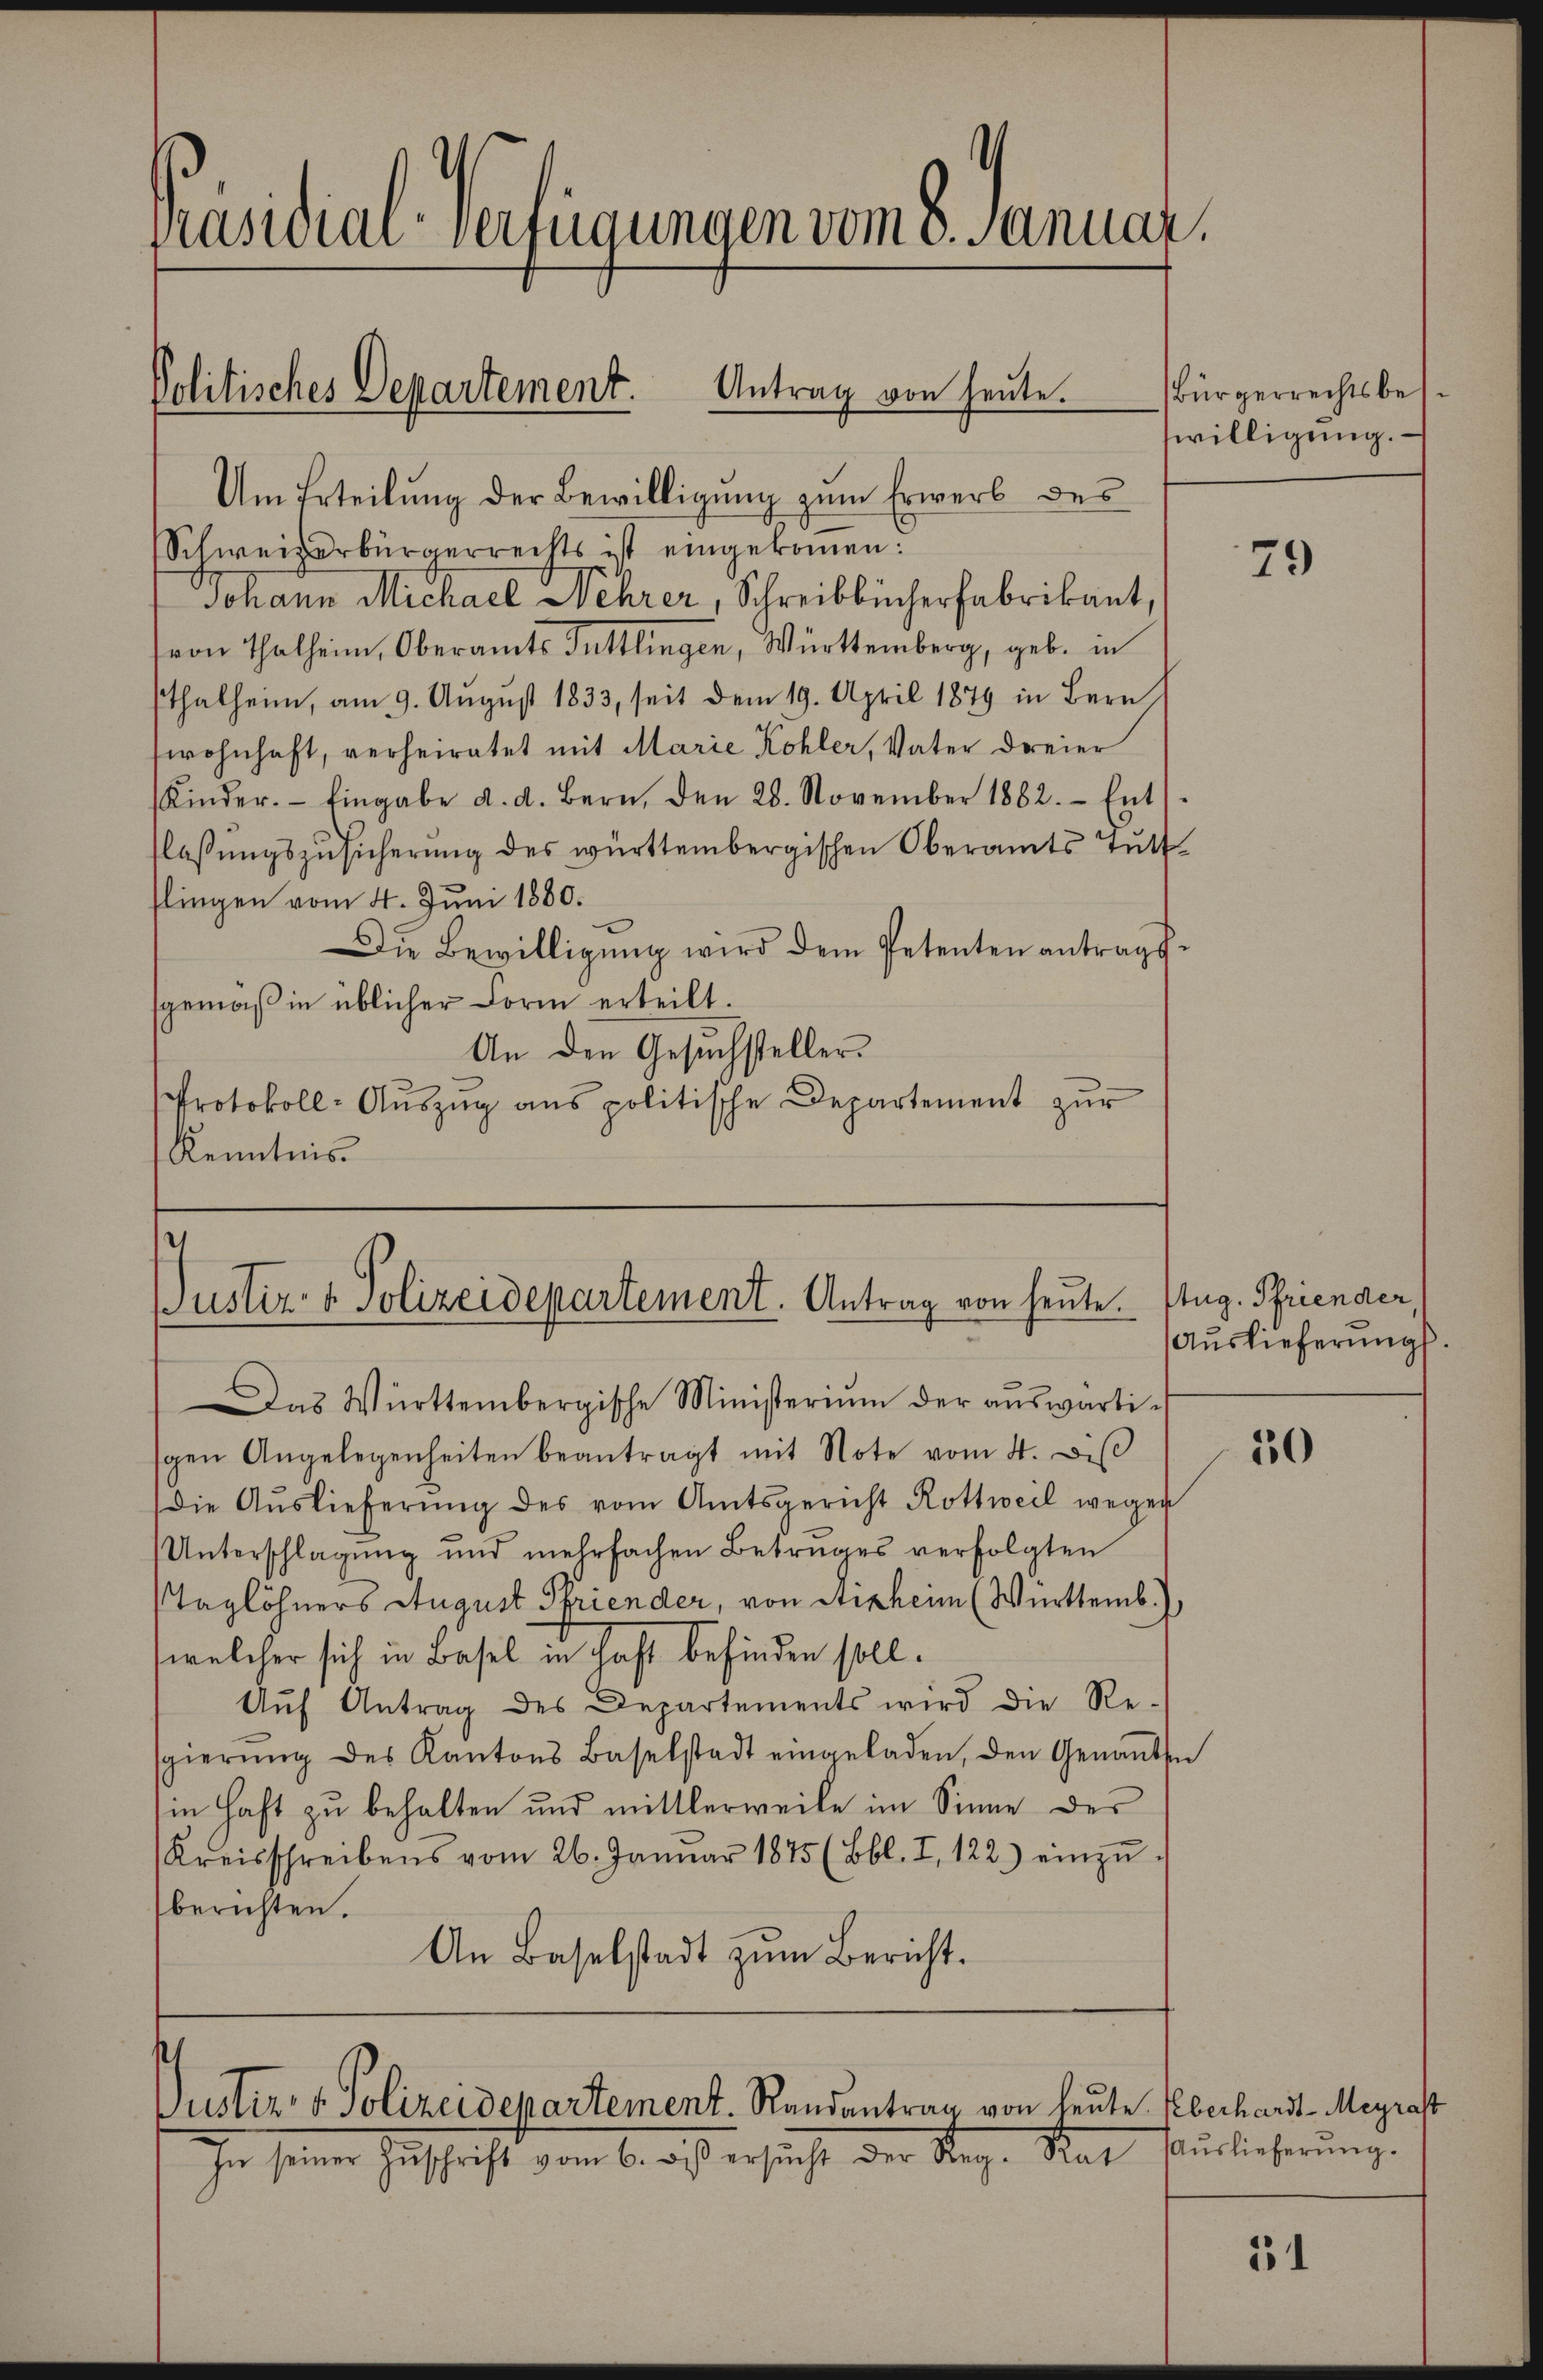
Präsidial-Verfügungen vom 1. Januar,

Politisches Departement. Antrag von heute.

Um Erteilung der Bewilligung zum Erwerb des
Schweizerbürgerrechts ist eingekommen:
Johann Michael Mehrer, Schreibbücherfabrikant,
(von Thalheim, Oberamts Tuttlingen, Württemberg, geb. in
sthalheim, am 9. August 1833, seit dem 19. April 1879 in Bern
wohnhaft, verheiratet mit Marie Kohler, Vater dreier
Kinder. Eingabe d. d. Bern, den 28. November 1882. Ent
tlassungszusicherung des württembergischen Oberamts Tutt
flingen vom 4. Juni 1880.
Die Bewilligung wird dem Petenten antragsgemäß in üblicher Form erteilt.
An den Gesuchsteller.
Protokoll-Aŭszŭg ans politische Departement zŭr
Kenntnis

Das Württembergische Ministerium der aŭswärti-
sgen Angelegenheiten beantragt mit Note vom 4. diβ
die Aŭslieferŭng des vom Amtsgericht Rottweil wegen
Unterschlagung und mehrfachen Betruges verfolgten
Taglöhners August Priender, von Stizheim (Württemb.
welcher sich in Basel in Haft befinden soll.
Auf Antrag des Departements wird die Resgierŭng des Kantons Baselstadt eingeladen, den Genaṅten
in Haft zu behalten und mittlerweile im Sinne des
Kreisschreibens vom 26. Januar 1875 (Bbl. I, 122.) einzŭ-
berichten.
An Baselstadt zŭm Bericht.

.
Justiz- & Polizeidepartement. Antrag von heute. Aug. Pfriender,

Justiz- & Polizeidepartement. Randantrag von heute.
In seiner Zuschrift vom 6. des ersucht der Reg. Rat

Bürgerrechtsbes.
swilligung.

Eberhardt-Meyrast
Auslieferung.

79

Auslieferung.

50

51